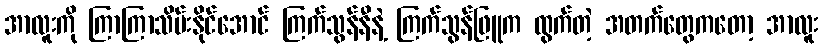
အာလူးကို ကြာကြာသိမ်းနိုင်အောင် ကြက်သွန်နီနဲ့ ကြက်သွန်ဖြူက ထွက်တဲ့ အတက်တွေကတော့ အာလူး